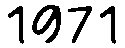
1971